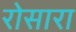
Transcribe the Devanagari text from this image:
रोसारा